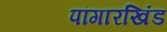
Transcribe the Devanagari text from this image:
पांगारखिंड